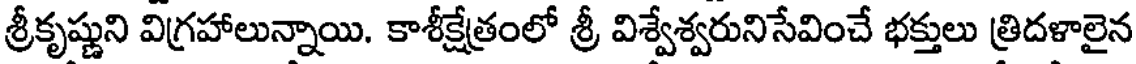
శ్రీకృష్ణుని విగ్రహాలున్నాయి. కాశీక్షేత్రంలో శ్రీ విశ్వేశ్వరునిసేవించే భక్తులు త్రిదళాలైన